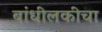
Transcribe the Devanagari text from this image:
बांधीलकीचा